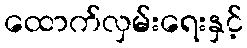
ထောက်လှမ်းရေးနှင့်